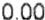
0.00